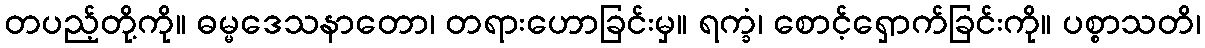
တပည့်တို့ကို။ ဓမ္မဒေသနာတော၊ တရားဟောခြင်းမှ။ ရက္ခံ၊ စောင့်ရှောက်ခြင်းကို။ ပစ္စာသတိ၊